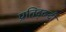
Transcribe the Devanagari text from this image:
प्रतिद्व्न्दी